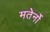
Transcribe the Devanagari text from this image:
मतेर्नो